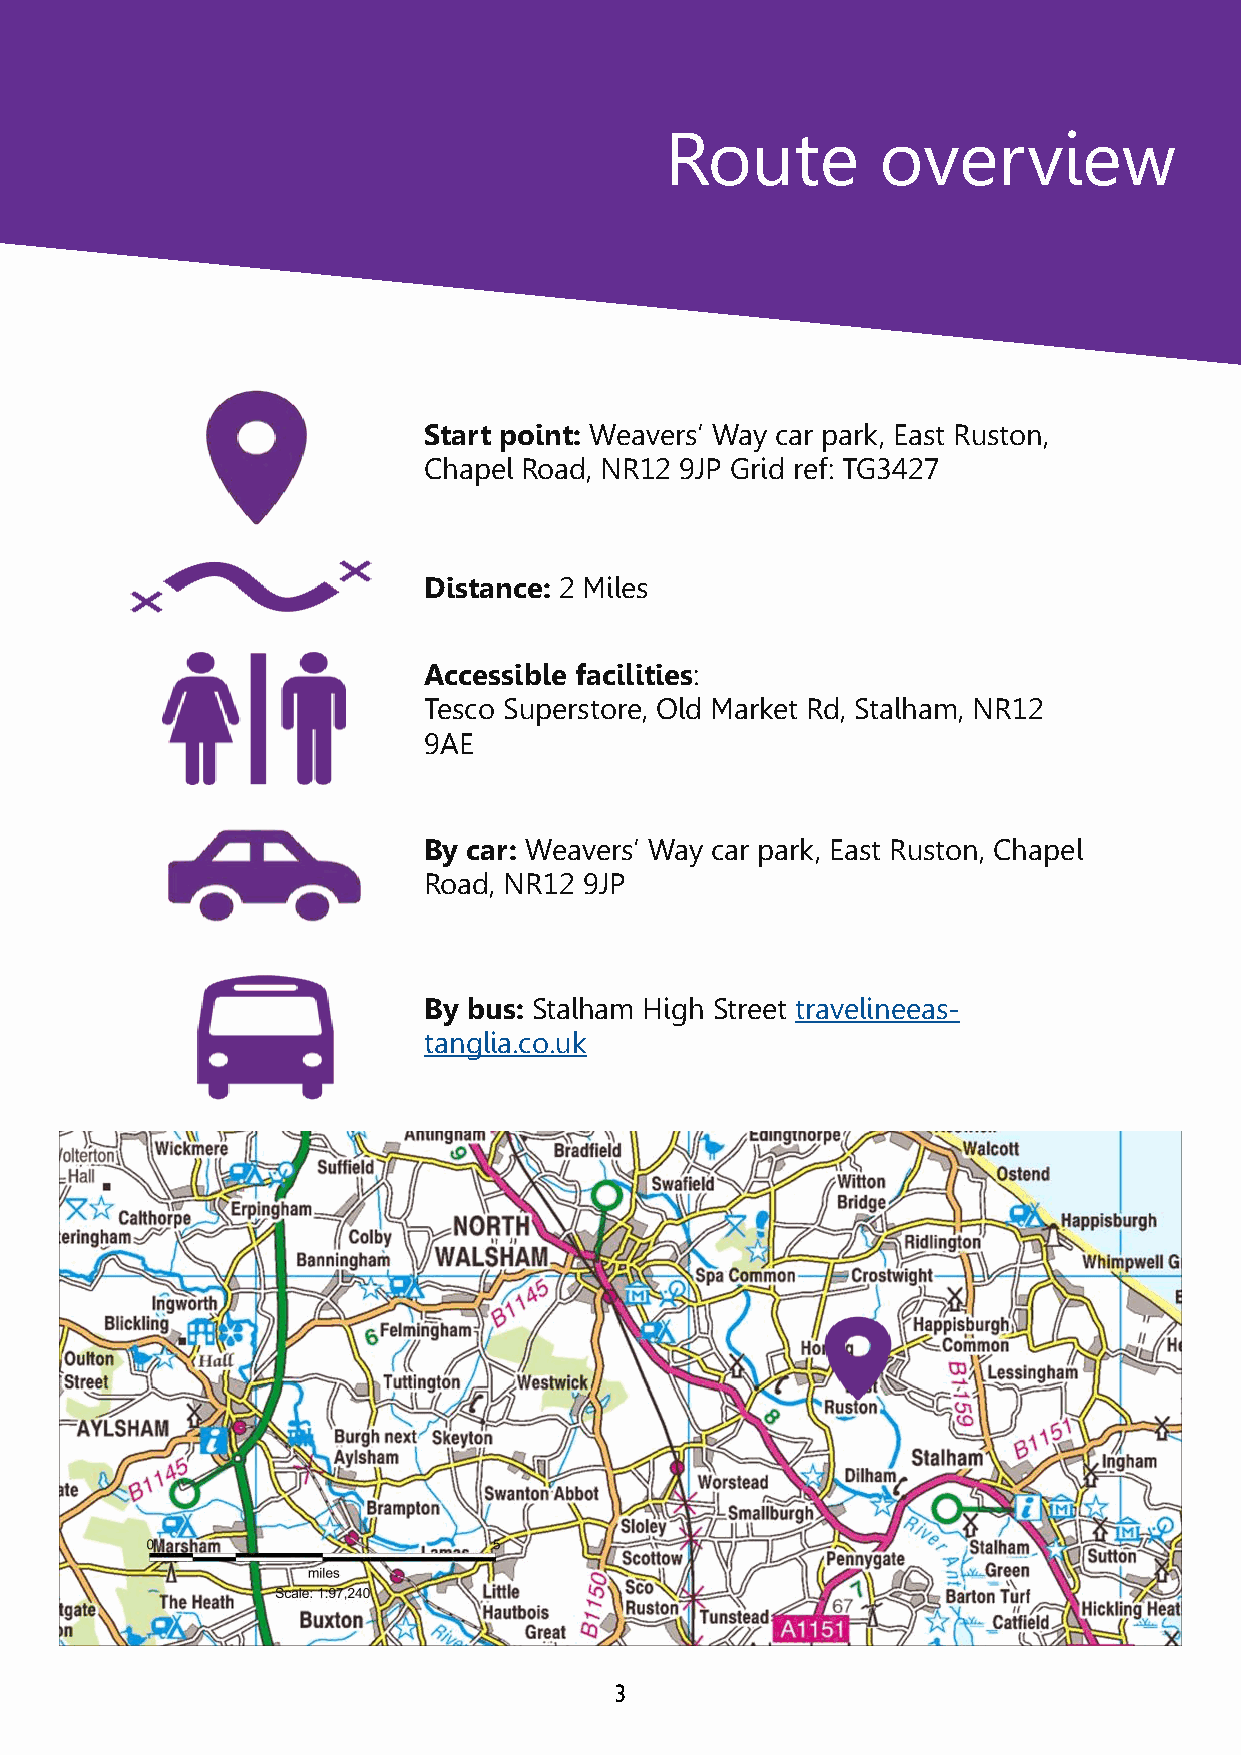
Route         overview
 Start point: Weavers’ Way car park, East Ruston,
 Chapel Road, NR12 9JP Grid ref: TG3427
 Distance: 2 Miles
 Accessible facilities:
 Tesco Superstore, Old Market Rd, Stalham, NR12
 9AE
 By car: Weavers’ Way car park, East Ruston, Chapel
 Road, NR12 9JP
 By bus: Stalham High Street travelineeas-
 tanglia.co.uk
 3                       Dolphin Bridge